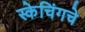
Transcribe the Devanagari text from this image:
स्केचिंगचे